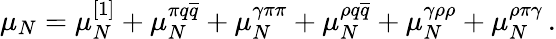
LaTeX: \mu_{N}=\mu_{N}^{\left[1\right]}+\mu_{N}^{\pi q\overline{{{q}}}}+\mu_{N}^{\gamma\pi\pi}+\mu_{N}^{\rho q\overline{{{q}}}}+\mu_{N}^{\gamma\rho\rho}+\mu_{N}^{\rho\pi\gamma}\, .